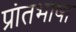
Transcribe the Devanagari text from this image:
प्रांतभाषा